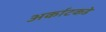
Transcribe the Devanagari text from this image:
अर्काटकडे